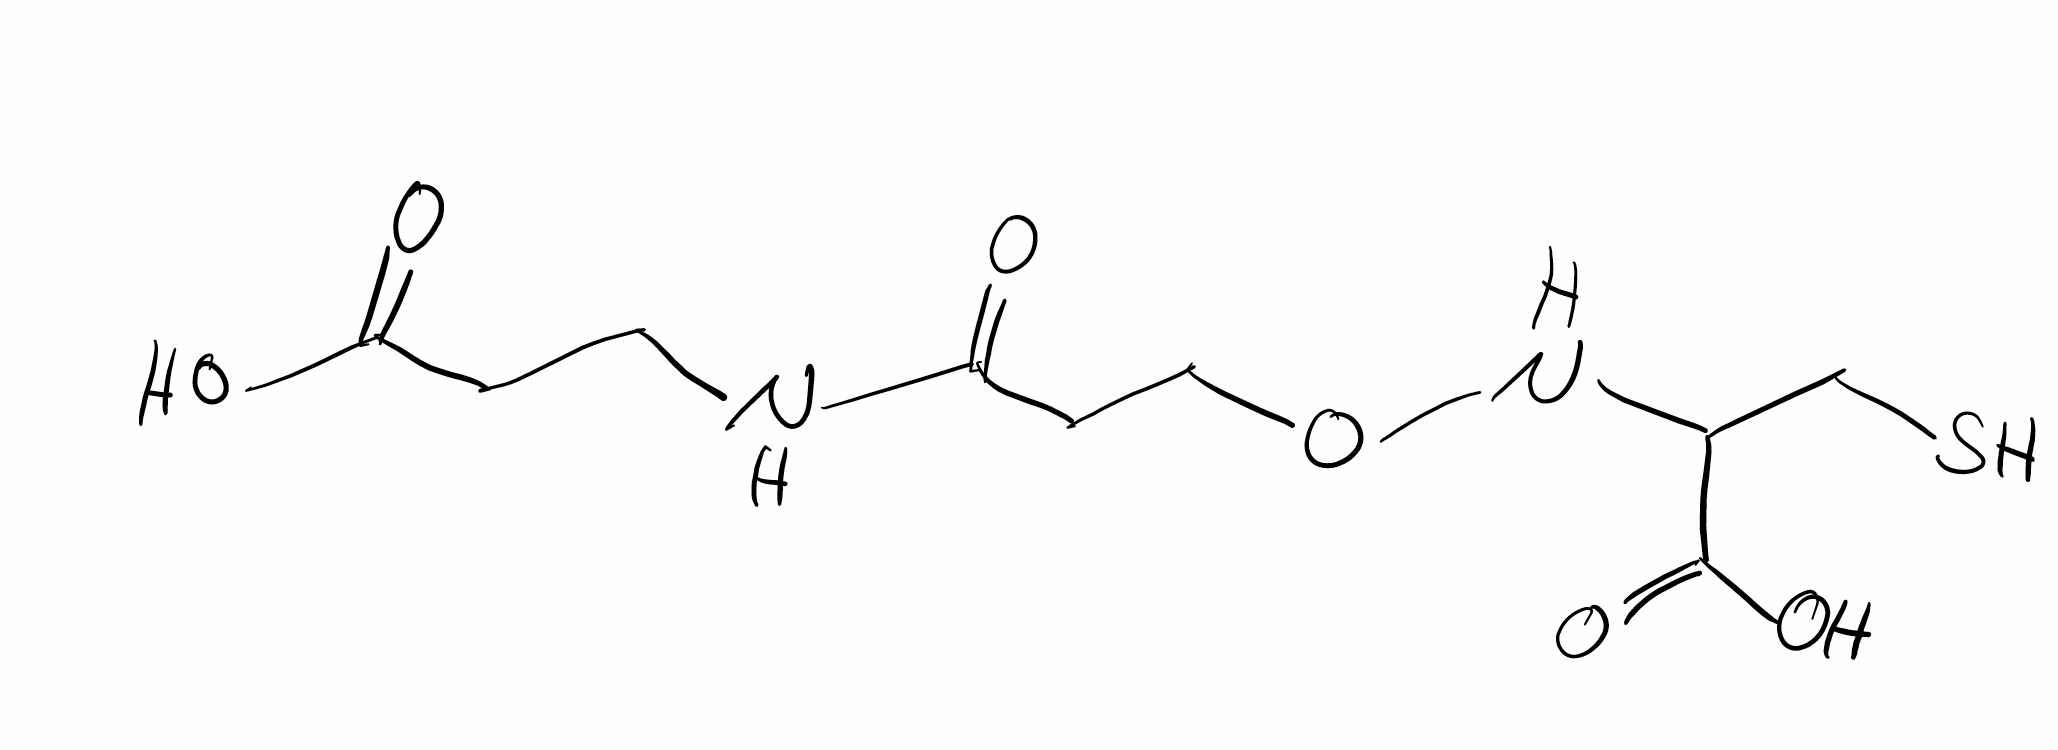
Simplified molecular-input line-entry system (SMILES) notation of the given molecule:
C(CONC(CS)C(=O)O)C(=O)NCC(C(=O)O)S